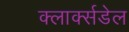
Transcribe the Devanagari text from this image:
क्लार्क्सडेल